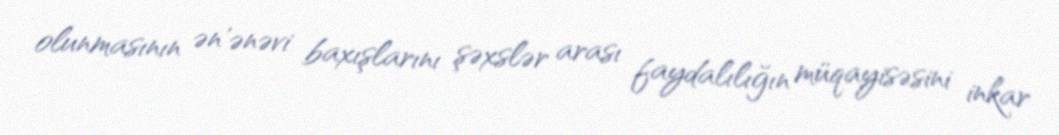
olunmasının ən'ənəvi baxışlarını şəxslər arası faydalılığın müqayisəsini inkar